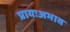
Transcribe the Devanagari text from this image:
प्रायःअभाव